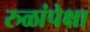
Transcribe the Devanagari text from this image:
रुळांपेक्षा